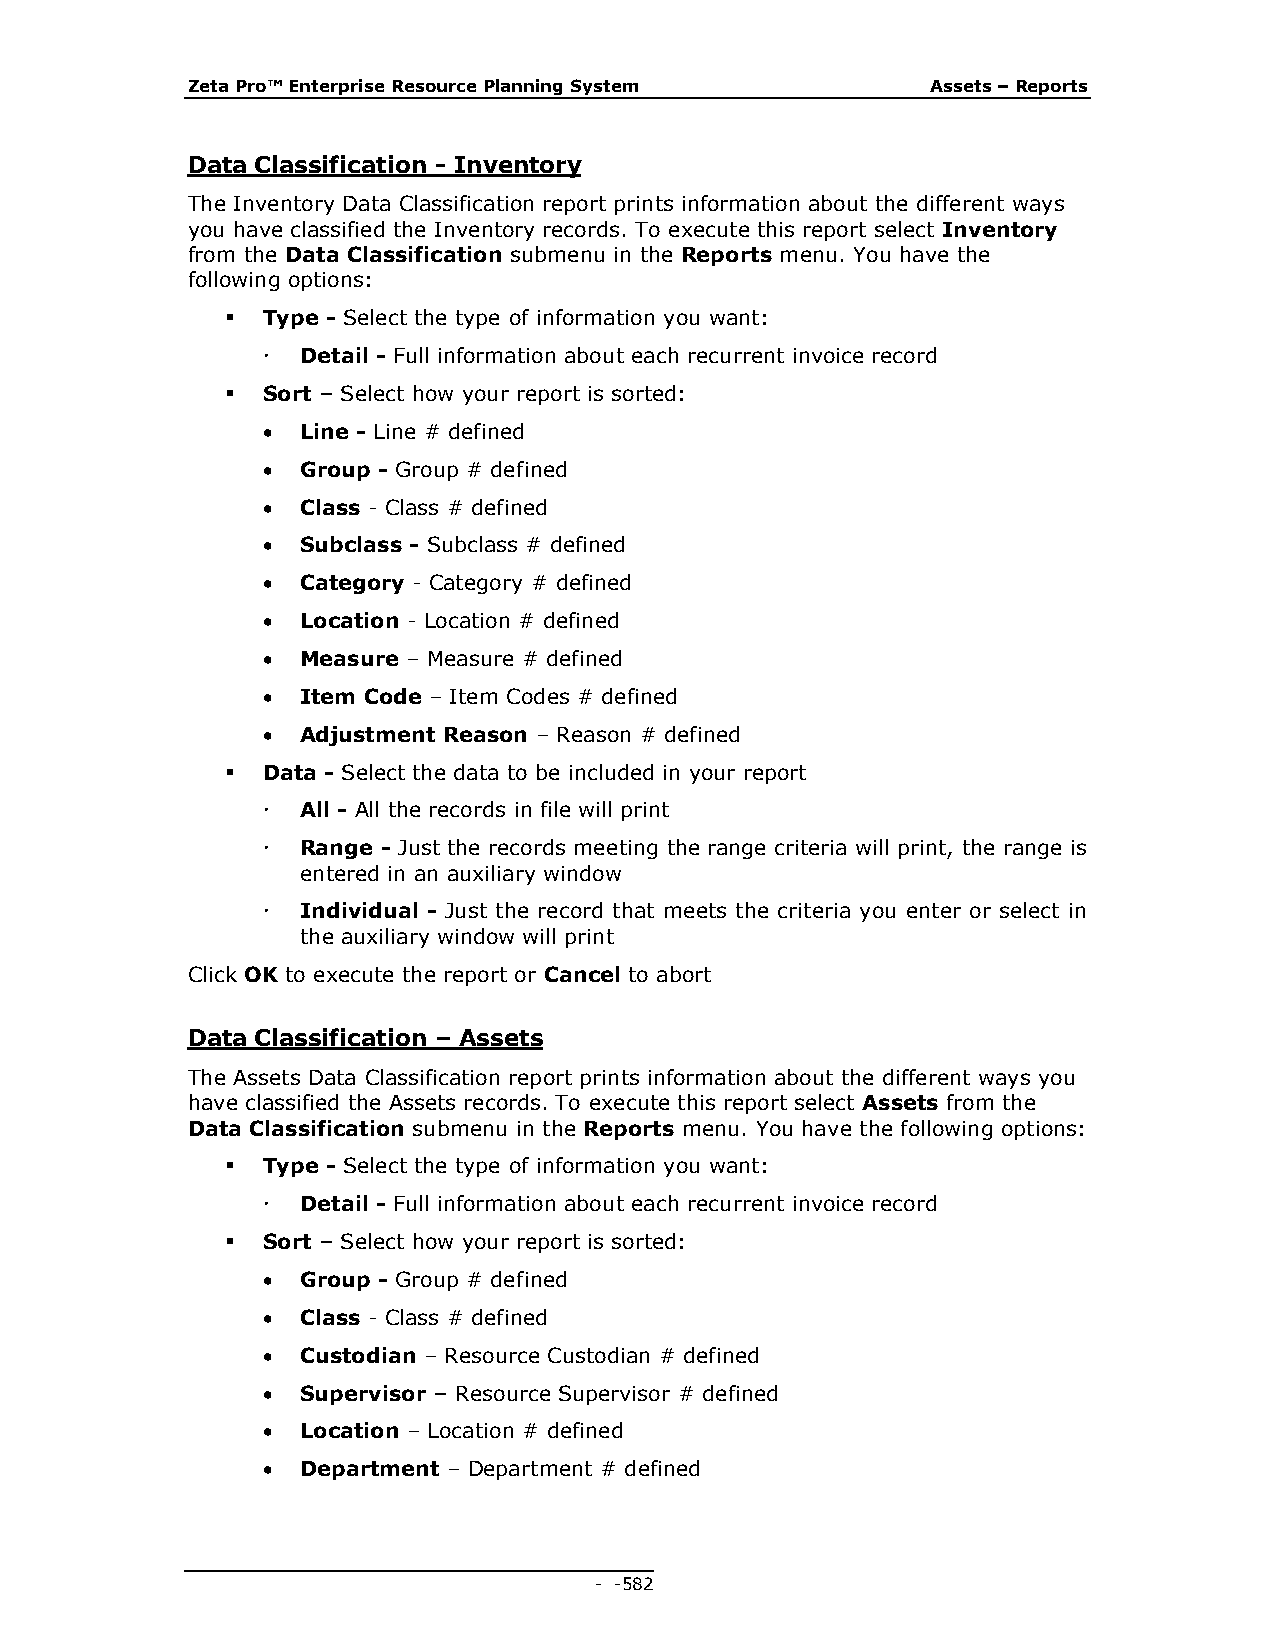
Zeta Pro™ Enterprise Resource Planning System     Assets – Reports
 Data Classification - Inventory
 The Inventory Data Classification report prints information about the different ways
 you have classified the Inventory records. To execute this report select Inventory
 from the Data Classification submenu in the Reports menu. You have the
 following options:
  Type - Select the type of information you want:
   Detail - Full information about each recurrent invoice record
  Sort – Select how your report is sorted:
   Line - Line # defined
   Group - Group # defined
   Class - Class # defined
   Subclass - Subclass # defined
   Category - Category # defined
   Location - Location # defined
   Measure – Measure # defined
   Item Code – Item Codes # defined
   Adjustment Reason – Reason # defined
  Data - Select the data to be included in your report
   All - All the records in file will print
   Range - Just the records meeting the range criteria will print, the range is
 entered in an auxiliary window
   Individual - Just the record that meets the criteria you enter or select in
 the auxiliary window will print
 Click OK to execute the report or Cancel to abort
 Data Classification – Assets
 The Assets Data Classification report prints information about the different ways you
 have classified the Assets records. To execute this report select Assets from the
 Data Classification submenu in the Reports menu. You have the following options:
  Type - Select the type of information you want:
   Detail - Full information about each recurrent invoice record
  Sort – Select how your report is sorted:
   Group - Group # defined
   Class - Class # defined
   Custodian – Resource Custodian # defined
   Supervisor – Resource Supervisor # defined
   Location – Location # defined
   Department – Department # defined
 - - 582